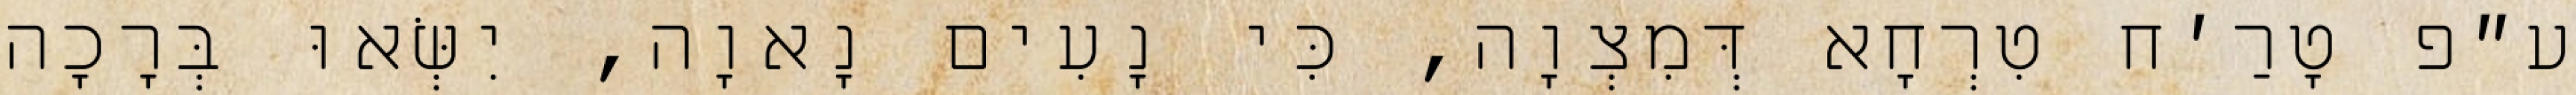
ע״פ טָרַ׳ח טִרְחָא דְּמִצְוָה, כִּי נָעִים נָאוָה, יִשְּׂאוּ בְּרָכָה